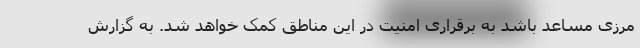
مرزی مساعد باشد به برقراری امنیت در این مناطق کمک خواهد شد. به گزارش